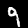
Digit: 9